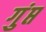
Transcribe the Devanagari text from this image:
गुंप्त